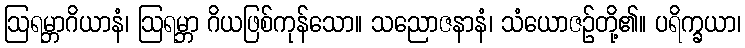
ဩရမ္ဘာဂိယာနံ၊ ဩရမ္ဘာ ဂိယဖြစ်ကုန်သော။ သညောဇနာနံ၊ သံယောဇဉ်တို့၏။ ပရိက္ခယာ၊